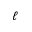
\ell